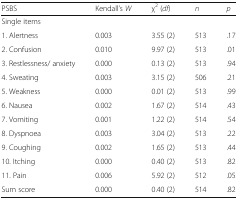
| PSBS | Kendall’s W | χ2 (df) | n | p |
 | --- | --- | --- | --- | --- |
 | Single items |  |  |  |  |
 | 1. Alertness | 0.003 | 3.55 (2) | 513 | .17 |
 | 2. Confusion | 0.010 | 9.97 (2) | 513 | .01 |
 | 3. Restlessness/ anxiety | 0.000 | 0.13 (2) | 513 | .94 |
 | 4. Sweating | 0.003 | 3.15 (2) | 506 | .21 |
 | 5. Weakness | 0.000 | 0.01 (2) | 513 | .99 |
 | 6. Nausea | 0.002 | 1.67 (2) | 514 | .43 |
 | 7. Vomiting | 0.001 | 1.22 (2) | 514 | .54 |
 | 8. Dyspnoea | 0.003 | 3.04 (2) | 513 | .22 |
 | 9. Coughing | 0.002 | 1.65 (2) | 513 | .44 |
 | 10. Itching | 0.000 | 0.40 (2) | 513 | .82 |
 | 11. Pain | 0.006 | 5.92 (2) | 512 | .05 |
 | Sum score | 0.000 | 0.40 (2) | 514 | .82 |